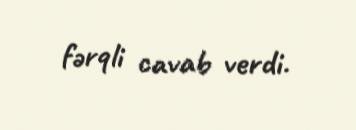
fərqli cavab verdi.